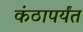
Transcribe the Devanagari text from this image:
कंठापर्यंत